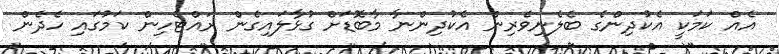
އެއް ކަމަކީ އެކުދިންގެ ބެލެނިވެރިން އެކުދިންނާ މާބޮޑަށް ގުޅާލައިގެން ރައްޓެހިން ކަމުގައި ހެދެން